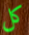
كل